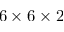
6 \times 6 \times 2